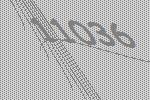
11036